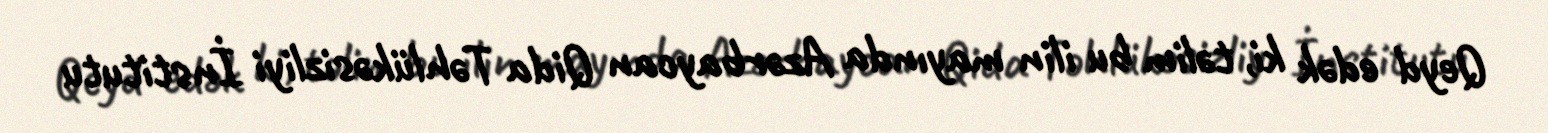
Qeyd edək ki, təlim bu ilin mayında Azərbaycan Qida Təhlükəsizliyi İnstitutu